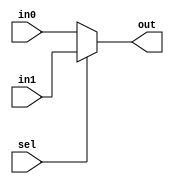
// Yoel Ivan (yivan3@gatech.edu)

module nBit2InputMux(out, sel, in0, in1);
	parameter n = 8;
	
	input sel;
	input [(n - 1):0] in0, in1;
	
	output [(n - 1):0] out;
	
	reg [(n - 1):0] rOut;
	
	assign out = rOut;
	
	always@(sel) begin
		if (sel) begin
			rOut = in1;
		end
		else begin
			rOut = in0;		
		end
	end 

endmodule